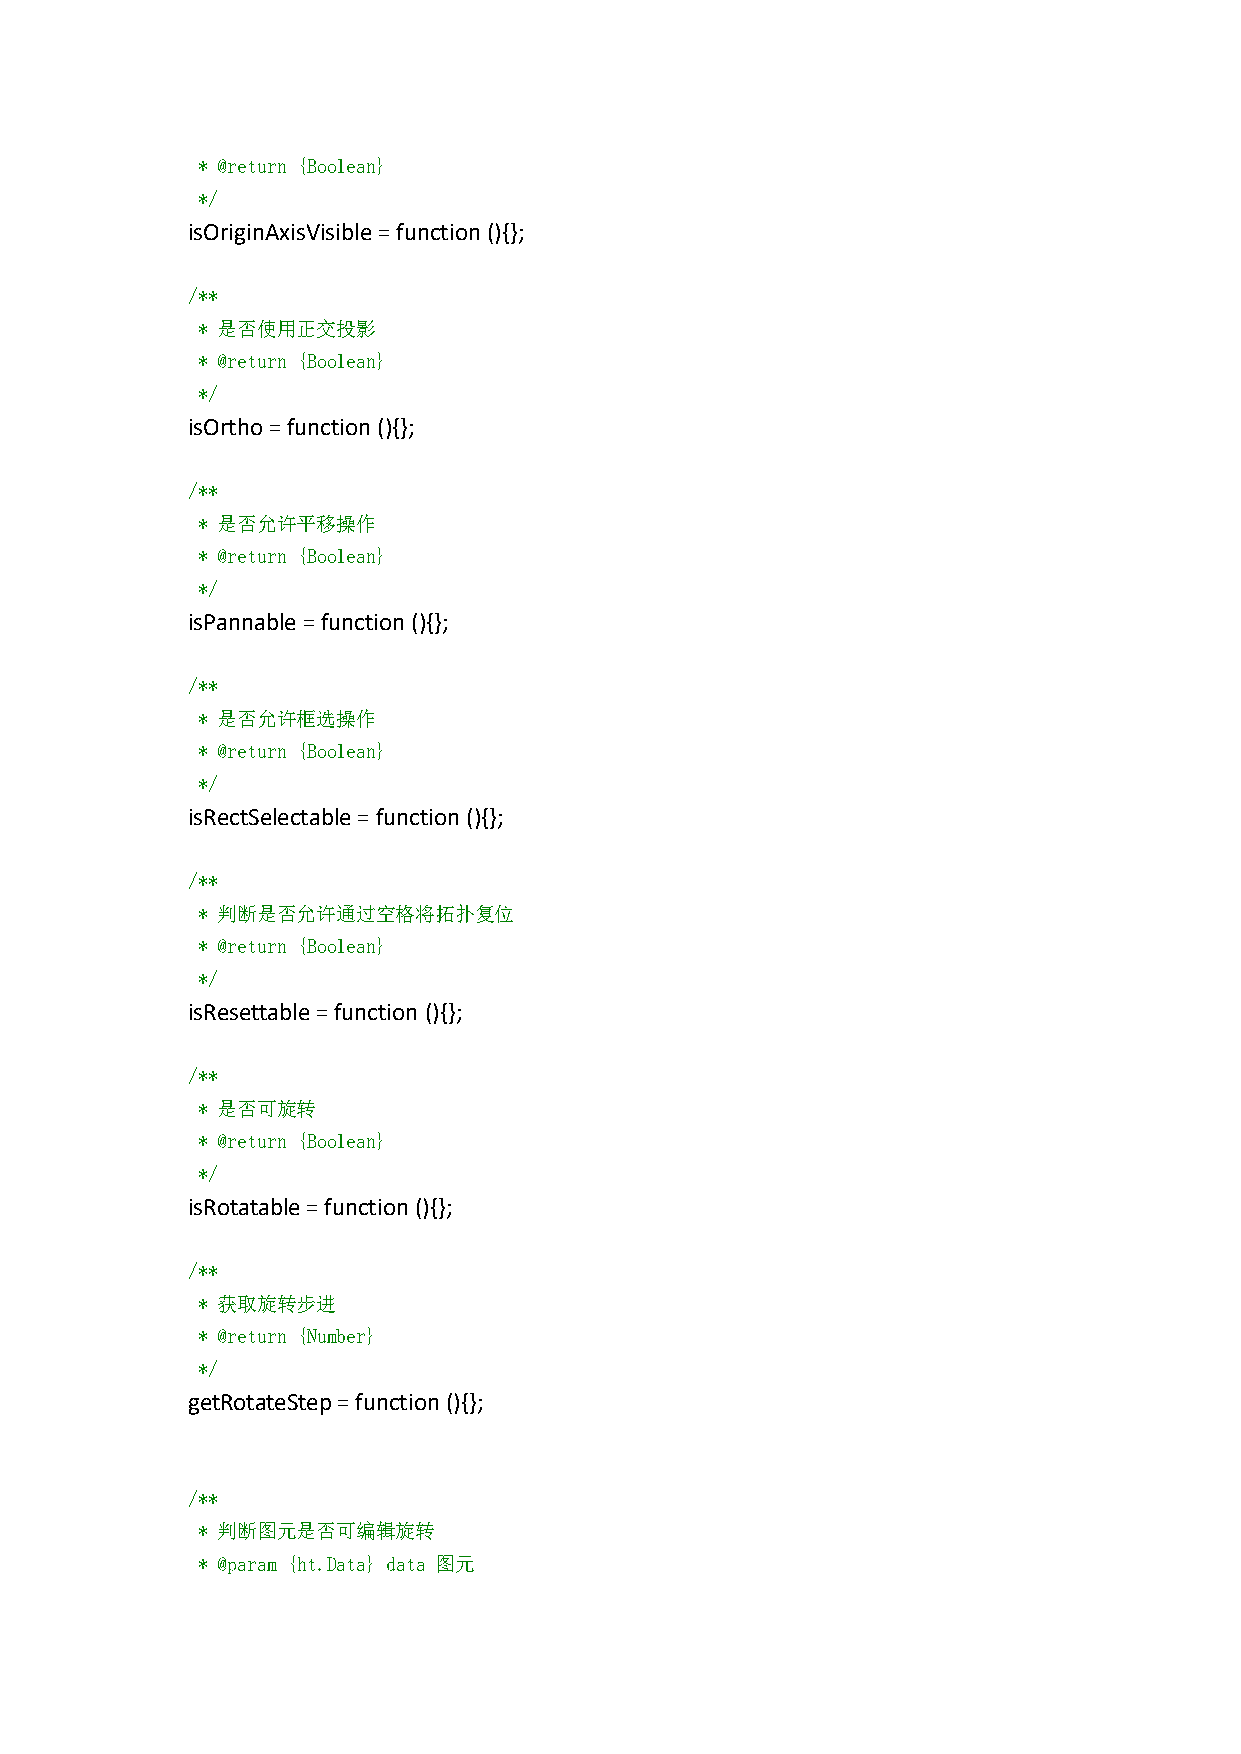
* @return {Boolean}
 */
 isOriginAxisVisible=function(){};
 /**
 * 是否使用正交投影
 * @return {Boolean}
 */
 isOrtho=function(){};
 /**
 * 是否允许平移操作
 * @return {Boolean}
 */
 isPannable=function(){};
 /**
 * 是否允许框选操作
 * @return {Boolean}
 */
 isRectSelectable=function(){};
 /**
 * 判断是否允许通过空格将拓扑复位
 * @return {Boolean}
 */
 isResettable=function (){};
 /**
 * 是否可旋转
 * @return {Boolean}
 */
 isRotatable=function(){};
 /**
 * 获取旋转步进
 * @return {Number}
 */
 getRotateStep=function(){};
 /**
 * 判断图元是否可编辑旋转
 * @param {ht.Data} data 图元